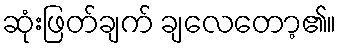
ဆုံးဖြတ်ချက် ချလေတော့၏။